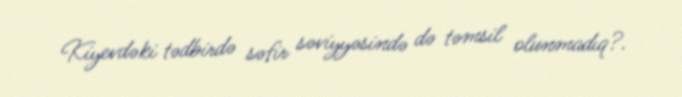
Kiyevdəki tədbirdə səfir səviyyəsində də təmsil olunmadıq?.